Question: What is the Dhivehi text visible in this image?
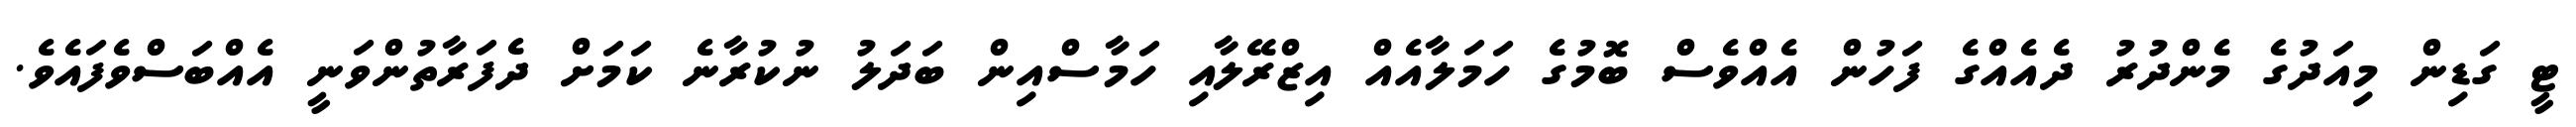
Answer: ޓީ ގަޑިން މިއަދުގެ މެންދުރު ދެއެއްގެ ފަހުން އެއްވެސް ބޮމުގެ ހަމަލާއެއް އިޒްރޭލާއި ހަމާސްއިން ބަދަލު ނުކުރާނެ ކަމަށް ދެފަރާތުންވަނީ އެއްބަސްވެފައެވެ.